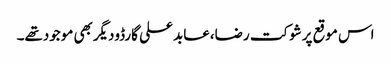
اس موقع پرشوکت رضا،عابد علی گارڈودیگربھی موجودتھے۔